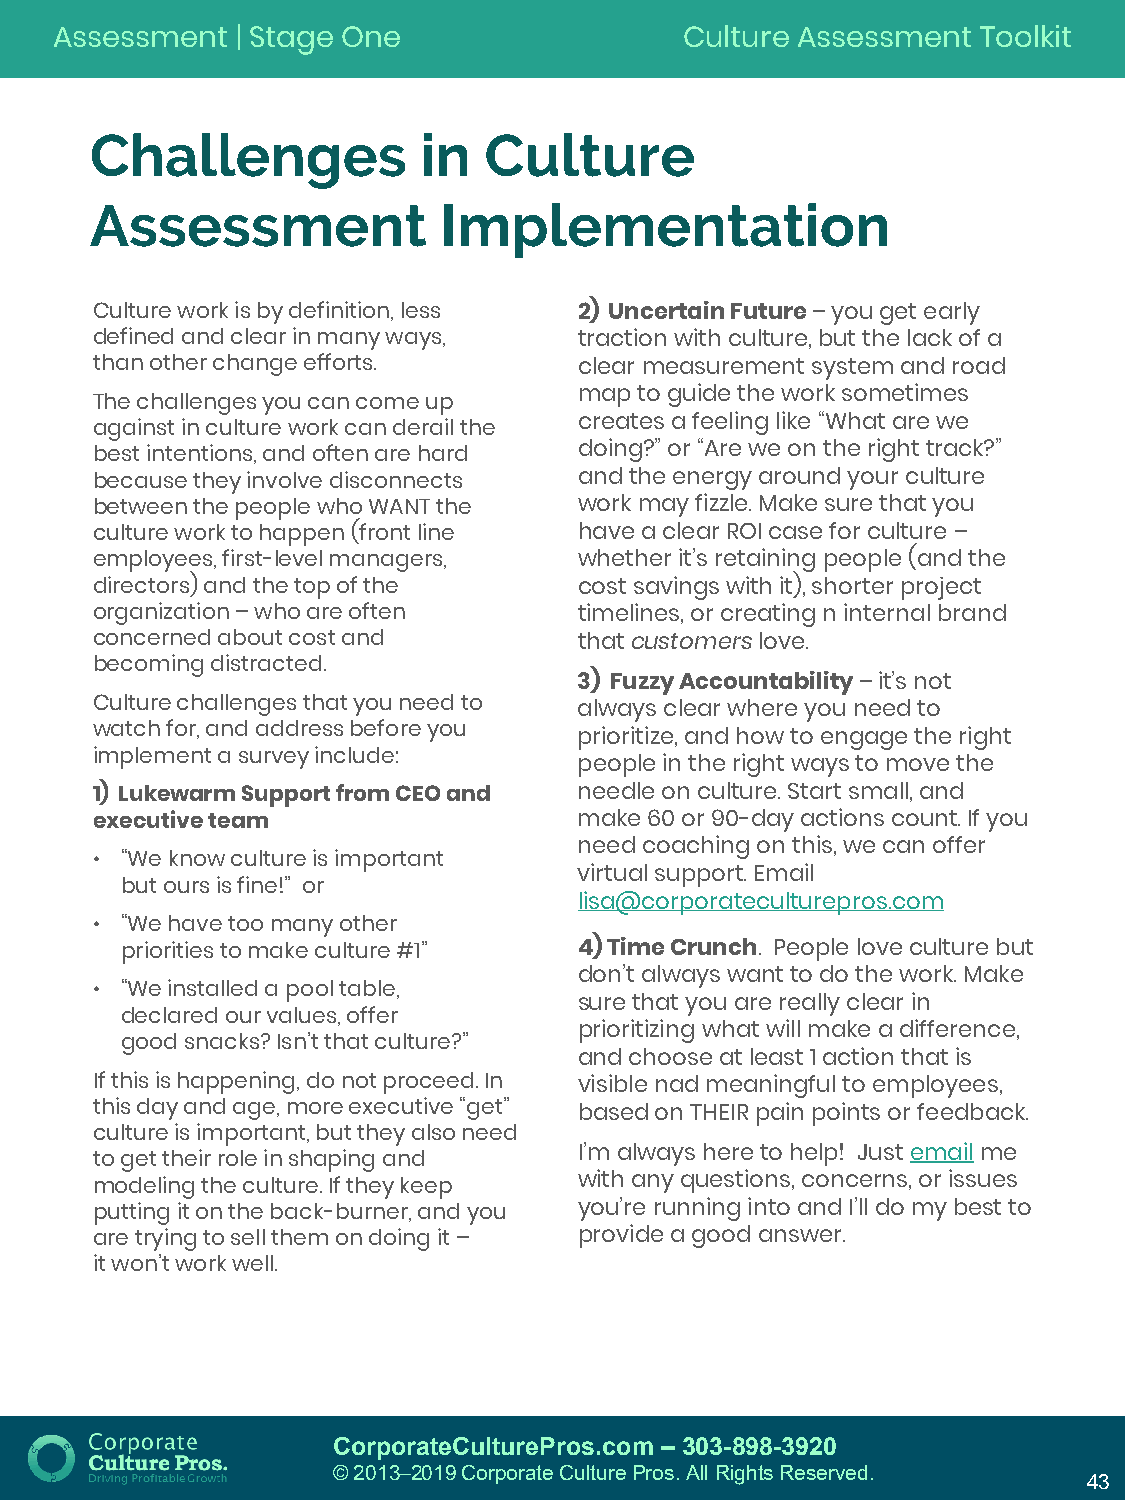
Assessment   | Stage One                  Culture Assessment  Toolkit
 Challenges            in  Culture
 Assessment             Implementation
 Culture work is by definition, less 2) Uncertain Future –you get early
 defined and clear in many ways, traction with culture, but the lack of a
 than other change efforts.      clear measurement system and road
 map to guide the work sometimes
 The challenges you can come up
 creates a feeling like “What are we
 against in culture work can derail the
 best intentions, and often are hard doing?” or “Are we on the right track?”
 because they involve disconnects and the energy around your culture
 between the people who WANT the work may fizzle. Make sure that you
 culture work to happen (front line have a clear ROI case for culture –
 employees, first-level managers, whether it’s retaining people (and the
 directors) and the top of the   cost savings with it), shorter project
 organization –who are often     timelines, or creating n internal brand
 concerned about cost and        that customerslove.
 becoming distracted.
 3) Fuzzy Accountability –it’s not
 Culture challenges that you need to always clear where you need to
 watch for, and address before you
 prioritize, and how to engage the right
 implement a survey include:
 people in the right ways to move the
 1) Lukewarm Support from CEO and needle on culture. Start small, and
 executive team                  make 60 or 90-day actions count. If you
 need coaching on this, we can offer
 • “We know culture is important
 virtual support. Email
 but ours is fine!” or
 lisa@corporateculturepros.com
 • “We have too many other
 priorities to make culture #1” 4) Time Crunch. People love culture but
 don’t always want to do the work. Make
 • “We installed a pool table,
 sure that you are really clear in
 declared our values, offer
 prioritizing what will make a difference,
 good snacks? Isn’t that culture?”
 and choose at least 1 action that is
 If this is happening, do not proceed. In visible nadmeaningful to employees,
 this day and age, more executive “get” based on THEIR pain points or feedback.
 culture is important, but they also need
 I’m always here to help! Just emailme
 to get their role in shaping and
 modeling the culture. If they keep with any questions, concerns, or issues
 putting it on the back-burner, and you you’re running into and I’ll do my best to
 are trying to sell them on doing it – provide a good answer.
 it won’t work well.
 CorporateCulturePros.com – 303-898-3920
 © 2013─2019 Corporate Culture Pros. All Rights Reserved.
 43